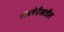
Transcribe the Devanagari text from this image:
सायबेरीआतील